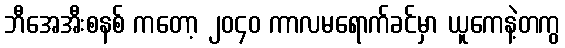
ဘီအေအီးစနစ် ကတော့ ၂၀၄၀ ကာလမရောက်ခင်မှာ ယူကေနဲ့တကွ